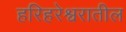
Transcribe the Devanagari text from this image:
हरिहरेश्वरातील